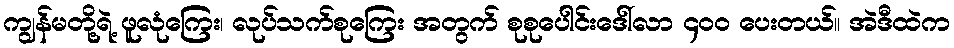
ကျွန်မတို့ရဲ့ ဖူလုံကြေး၊ လုပ်သက်စုကြေး အတွက် စုစုပေါင်းဒေါ်လာ ၄၀၀ ပေးတယ်၊၊ အဲဒီထဲက